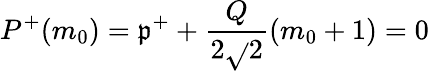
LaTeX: P^{+}(m_{0})=\mathfrak{p}^{+}+\frac{{Q}}{{2\sqrt{}{{2}}}}(m_{0}+1)=0